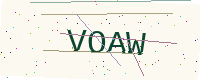
Text: VOAW